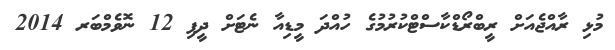
މުޅި ރާއްޖެއަށް ރީބްރޯޑްކާސްޓްކުރުމުގެ ހުއްދަ މީޑިއާ ނެޓަށް ދީފި 12 ނޮވެމްބަރ 2014